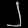
Digit: ၂